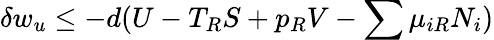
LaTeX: \delta w_{u}\leq-d(U-T_{R}S+p_{R}V-\sum\mu_{iR}N_{i})